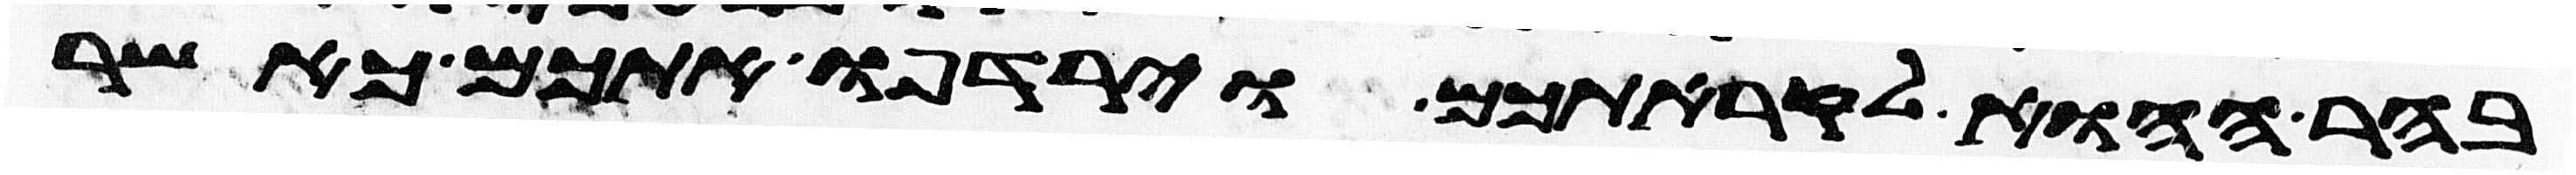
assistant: בהר ההוא לקראתכם וירדפו אתכם כאשר